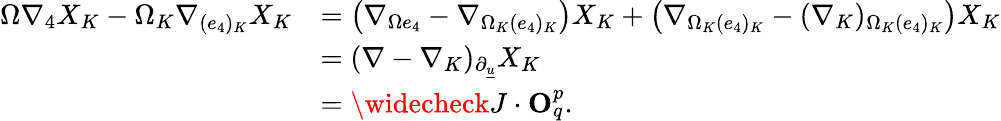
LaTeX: \begin{array}{rl}{\Omega\nabla_{4}X_{K}-\Omega_{K}\nabla_{(e_{4})_{K}}X_{K}}&{=\left(\nabla_{\Omega e_{4}}-\nabla_{\Omega_{K}(e_{4})_{K}}\right)X_{K}+\left(\nabla_{\Omega_{K}(e_{4})_{K}}-(\nabla_{K})_{\Omega_{K}(e_{4})_{K}}\right)X_{K}}\\ &{=(\nabla-\nabla_{K})_{{\partial}_{\underline{{u}}}}X_{K}}\\ &{=\widecheck{J}\cdot{\mathbf O}_{q}^{p}.}\end{array}